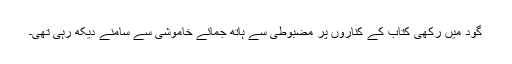
گود میں رکھی کتاب کے کناروں پر مضبوطی سے ہاتھ جمائے خاموشی سے سامنے دیکھ رہی تھی۔